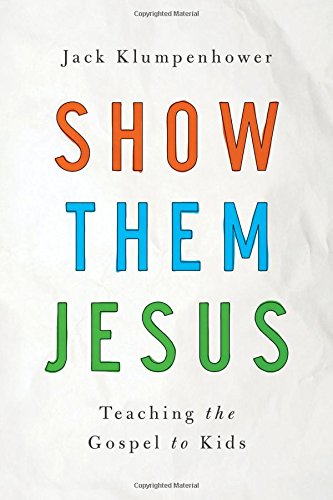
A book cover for Show them Jesus: Teaching the Gospel to Kids; Jack Klumpenhower; Christian Books & Bibles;